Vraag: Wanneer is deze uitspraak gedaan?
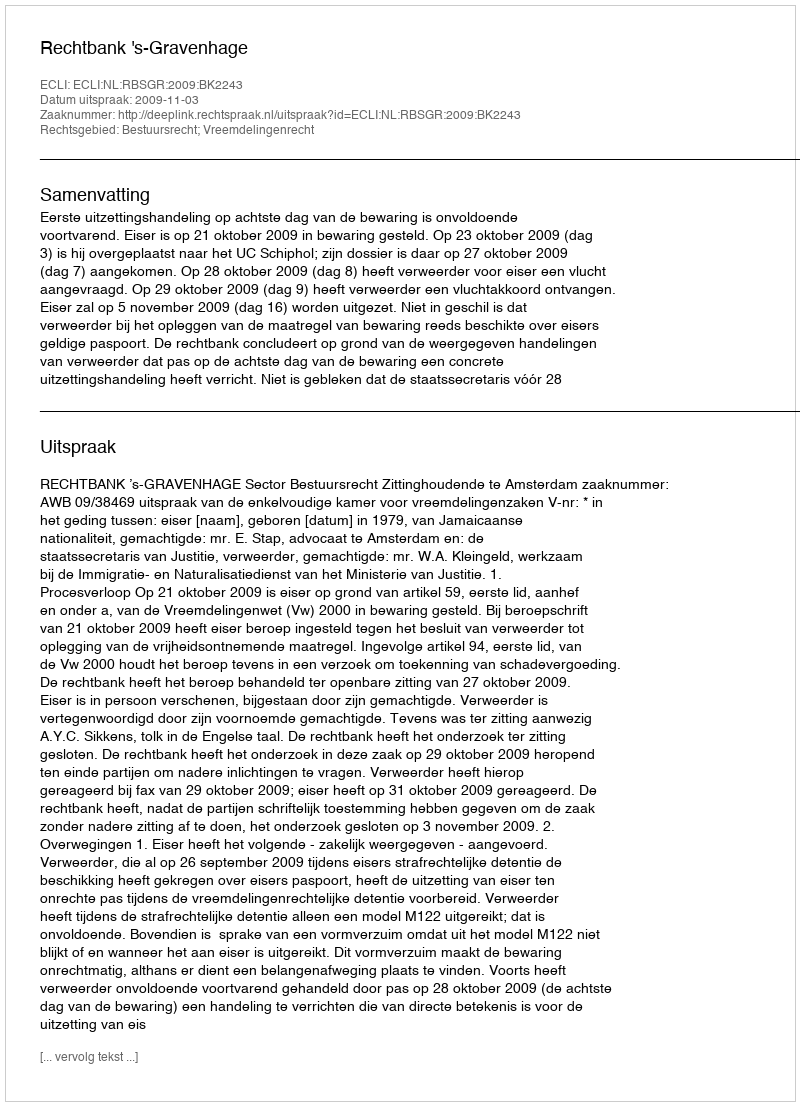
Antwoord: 2009-11-03